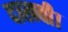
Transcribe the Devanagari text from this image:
दाखवी।